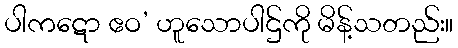
ပါကဋော ဧဝ’ ဟူသောပါဌ်ကို မိန့်သတည်း။